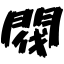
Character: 閥